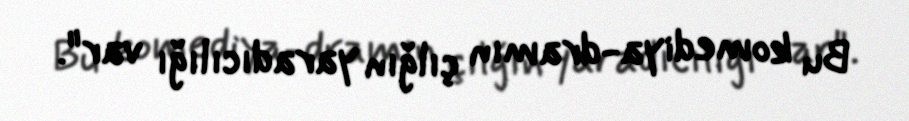
Bu komediya-dramın çılğın yaradıcılığı var".